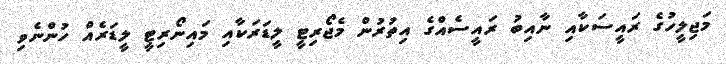
މަޖިލީހުގެ ރައީސަކާއި ނާއިބު ރައީސެއްގެ އިތުރުން މެޖޯރިޓީ ލީޑަރަކާއި މައިނޯރިޓީ ލީޑަރެއް ހުންނެވި